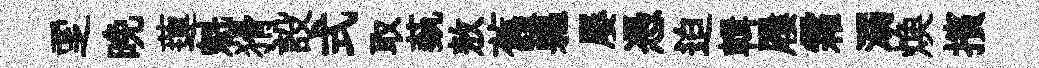
覂晩蓮魁猾設式取蓺敖舊軀屡憑迫輯屨霜溺焕擯